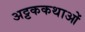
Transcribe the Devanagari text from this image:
अट्टककथाओं